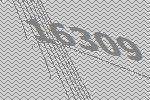
16309